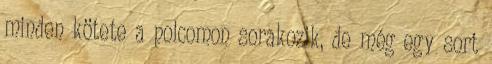
minden kötete a polcomon sorakozik, de még egy sort